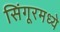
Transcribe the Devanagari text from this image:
सिंगूरमध्ये